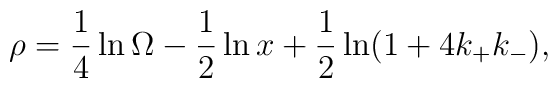
\rho = \frac{1}{4} \ln \Omega - \frac{1}{2} \ln x + \frac{1}{2} \ln ( 1 + 4 k_+ k_- ) ,